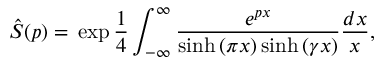
\hat { S } ( p ) = \, \exp \frac { 1 } { 4 } \int _ { - \infty } ^ { \infty } \frac { e ^ { p x } } { \sinh { ( \pi x ) } \sinh { ( \gamma x ) } } \frac { d x } { x } ,